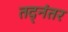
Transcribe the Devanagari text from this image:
तद्‌नंतर